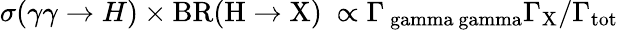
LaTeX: \sigma(\gamma\gamma\rightarrow H)\times\mathrm{{BR}(H\rightarrow X)\ \propto\Gamma_{\ gamma\ gamma}\Gamma_{X}/\Gamma_{\mathrm{tot}}}